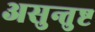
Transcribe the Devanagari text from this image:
असुन्तुष्ट